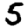
Digit: 5